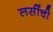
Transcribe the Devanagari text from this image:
लसींची